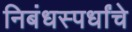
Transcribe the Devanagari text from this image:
निबंधस्पर्धांचे